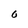
Character: 0